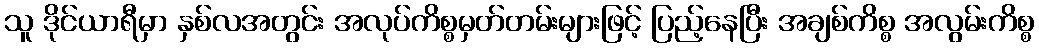
သူ ဒိုင်ယာရီမှာ နှစ်လအတွင်း အလုပ်ကိစ္စမှတ်တမ်းများဖြင့် ပြည့်နေပြီး အချစ်ကိစ္စ အလွမ်းကိစ္စ